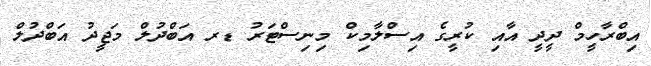
އިބްރާހީމް ދީދީ އާއި ކުރީގެ އިސްލާމިކް މިނިސްޓަރު ޑރ އަބްދުލް މަޖީދު އަބްދުލް